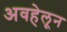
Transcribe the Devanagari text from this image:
अवहेलून